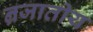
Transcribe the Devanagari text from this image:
न्रजातीय